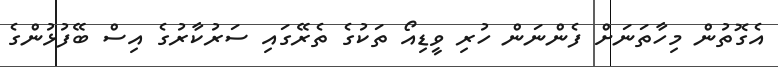
އެގޮތުން މިހާތަނަށް ފެންނަން ހުރި ވީޑިއޯ ތަކުގެ ތެރޭގައި ސަރުކާރުގެ އިސް ބޭފުޅުންގެ